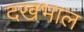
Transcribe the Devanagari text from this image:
दखभाल